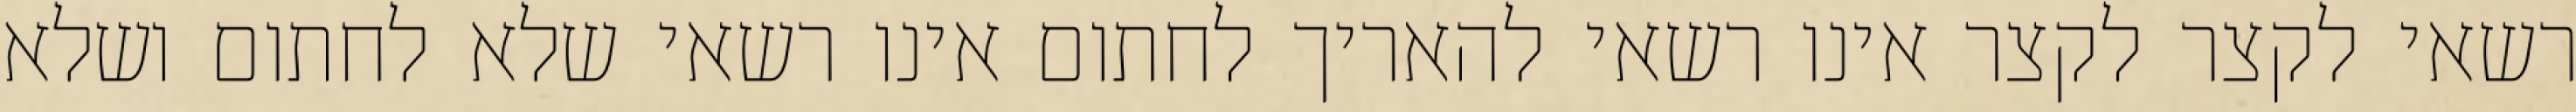
רשאי לקצר לקצר אינו רשאי להאריך לחתום אינו רשאי שלא לחתום ושלא